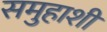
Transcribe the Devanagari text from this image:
समुहाशी